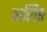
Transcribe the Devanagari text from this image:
वालिङ